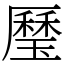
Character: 㻺